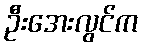
ဦးအေးလွင်က